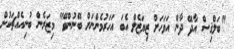
"ބަލްޤިސް އާދޭ ދާން އަވަހަށް ޒިޔަޒެލް އެބަ އަހަރުމެންނަށް ބޭނުންވޭ" މިޒަރެން ބުނިއެއްޗަކުން